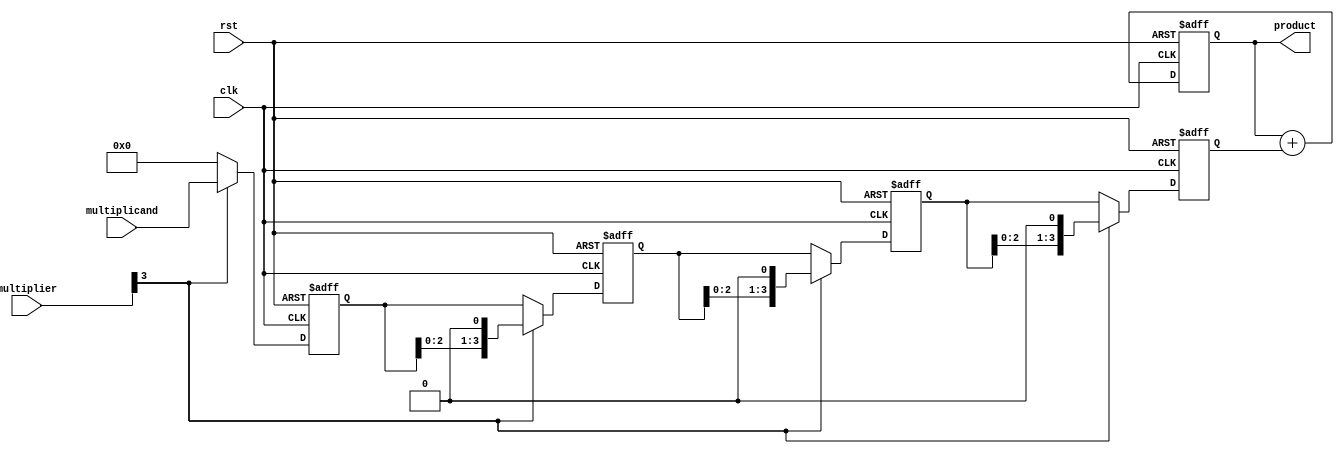
module systolic_multiplier #(
    parameter N = 4 // Bit-width for multiplicand and multiplier
)(
    input wire clk,
    input wire rst,
    input wire [N-1:0] multiplicand, // Input multiplicand
    input wire [N-1:0] multiplier,    // Input multiplier
    output reg [2*N-1:0] product      // Output product
);

    // Internal signal declarations
    reg [N-1:0] partial_products [0:N-1]; // Array of partial products
    reg [N-1:0] shifted_multiplicand; // Shifted multiplicand
    reg [N-1:0] shifted_multiplier; // Shifted multiplier
    integer i;

    // Initialize the processing elements and outputs
    always @(posedge clk or posedge rst) begin
        if (rst) begin
            product <= 0;
            shifted_multiplicand <= 0;
            shifted_multiplier <= 0;
            for (i = 0; i < N; i = i + 1) begin
                partial_products[i] <= 0;
            end
        end else begin
            // Shift the multiplicand and multiplier
            if (multiplier[N-1]) begin
                // Perform multiplication if the current bit of multiplier is 1
                for (i = 0; i < N; i = i + 1) begin
                    if (i == 0) begin
                        partial_products[i] <= multiplicand; // First row
                    end else begin
                        partial_products[i] <= partial_products[i-1] << 1; // Shift previous product
                    end
                end
            end else begin
                // If the current bit of the multiplier is 0, shift the previous result
                for (i = 0; i < N; i = i + 1) begin
                    partial_products[i] <= (i == 0) ? 0 : partial_products[i-1];
                end
            end

            // Accumulate the partial products
            product <= 0; // Reset product
            for (i = 0; i < N; i = i + 1) begin
                product <= product + partial_products[i]; // Accumulate all partial products
            end
        end
    end

endmodule